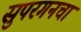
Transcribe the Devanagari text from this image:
सुपरगनचा